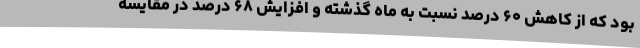
بود که از کاهش ۶۰ درصد نسبت به ماه گذشته و افزایش ۶۸ درصد در مقایسه